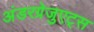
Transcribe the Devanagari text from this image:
अंडरग्रेजुएट्स